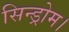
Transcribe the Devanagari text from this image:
सिन्ड्रोम।